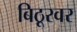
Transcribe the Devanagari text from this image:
बिठूरवर